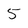
Character: 5